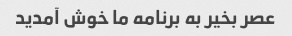
عصر بخیر به برنامه ما خوش آمدید